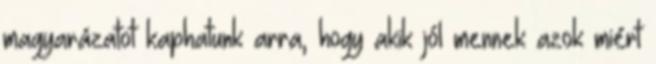
magyarázatot kaphatunk arra, hogy akik jól mennek azok miért